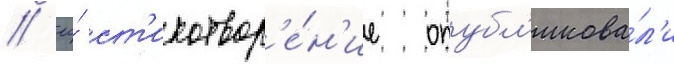
/ ео́ ст'ихотвор'е́н'ие опубл'икова́л'и